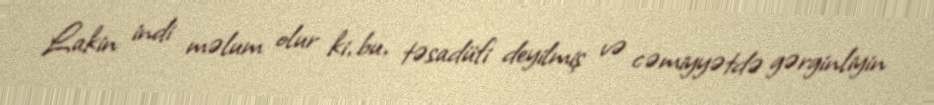
Lakin indi məlum olur ki, bu, təsadüfi deyilmiş və cəmiyyətdə gərginliyin